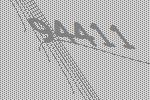
94411